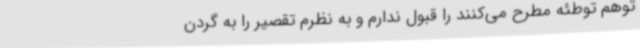
توهم توطئه مطرح می‌کنند را قبول ندارم و به نظرم تقصیر را به گردن